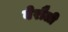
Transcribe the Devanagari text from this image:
बेरौली